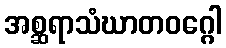
အစ္ဆရာသံဃာတဝဂ္ဂေါ